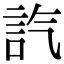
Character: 𧥷